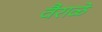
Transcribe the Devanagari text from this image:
वैराळे